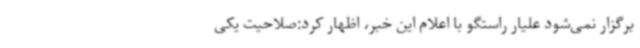
برگزار نمی‌شود علیار راستگو با اعلام این خبر، اظهار کرد:صلاحیت یکی